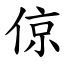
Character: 倞